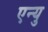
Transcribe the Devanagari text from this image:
एन्यु